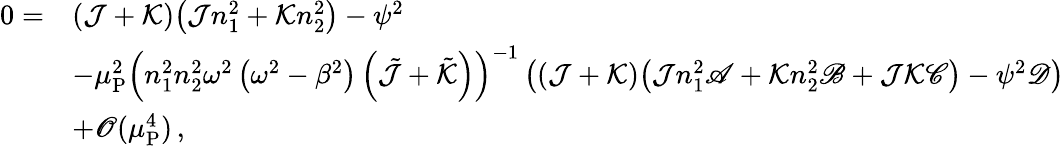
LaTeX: \begin{array}{rl}{0=}&{(\mathcal{J}+\mathcal{K})\big(\mathcal{J}n_{1}^{2}+\mathcal{K}n_{2}^{2}\big)-\psi^{2}}\\ &{-\mu_{\mathrm{P}}^{2}\left(n_{1}^{2}n_{2}^{2}\omega^{2}\left(\omega^{2}-\beta^{2}\right)\left(\tilde{\mathcal{J}}+\tilde{\mathcal{K}}\right)\right)^{-1}\left((\mathcal{J}+\mathcal{K})\big(\mathcal{J}n_{1}^{2}\mathscr{A}+\mathcal{K}n_{2}^{2}\mathscr{B}+\mathcal{J}\mathcal{K}\mathscr{C}\big)-\psi^{2}\mathscr{D}\right)}\\ &{+\mathscr{O}(\mu_{\mathrm{P}}^{4})\, ,}\end{array}